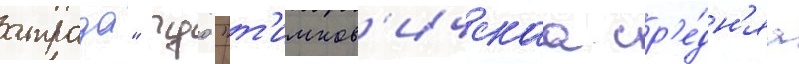
атрада" гуо "т'имков'ичскаа ср'е́дн'яа